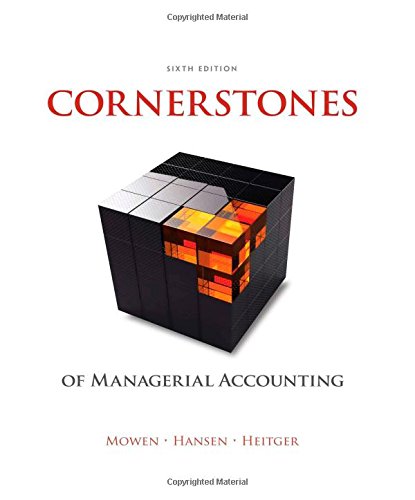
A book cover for Cornerstones of Managerial Accounting (Newest Edition); Maryanne M. Mowen; Business & Money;